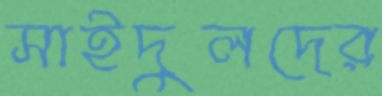
সাইদুলদের